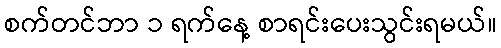
စက်တင်ဘာ ၁ ရက်နေ့ စာရင်းပေးသွင်းရမယ်။